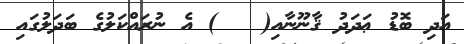
އަދި ބޮޑު ޢަދަދު ޤާނޫނާއި(   ) އެ ނުރައްކަލުގެ ބަދަލުގައި